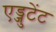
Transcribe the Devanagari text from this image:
एड्जुटेंट